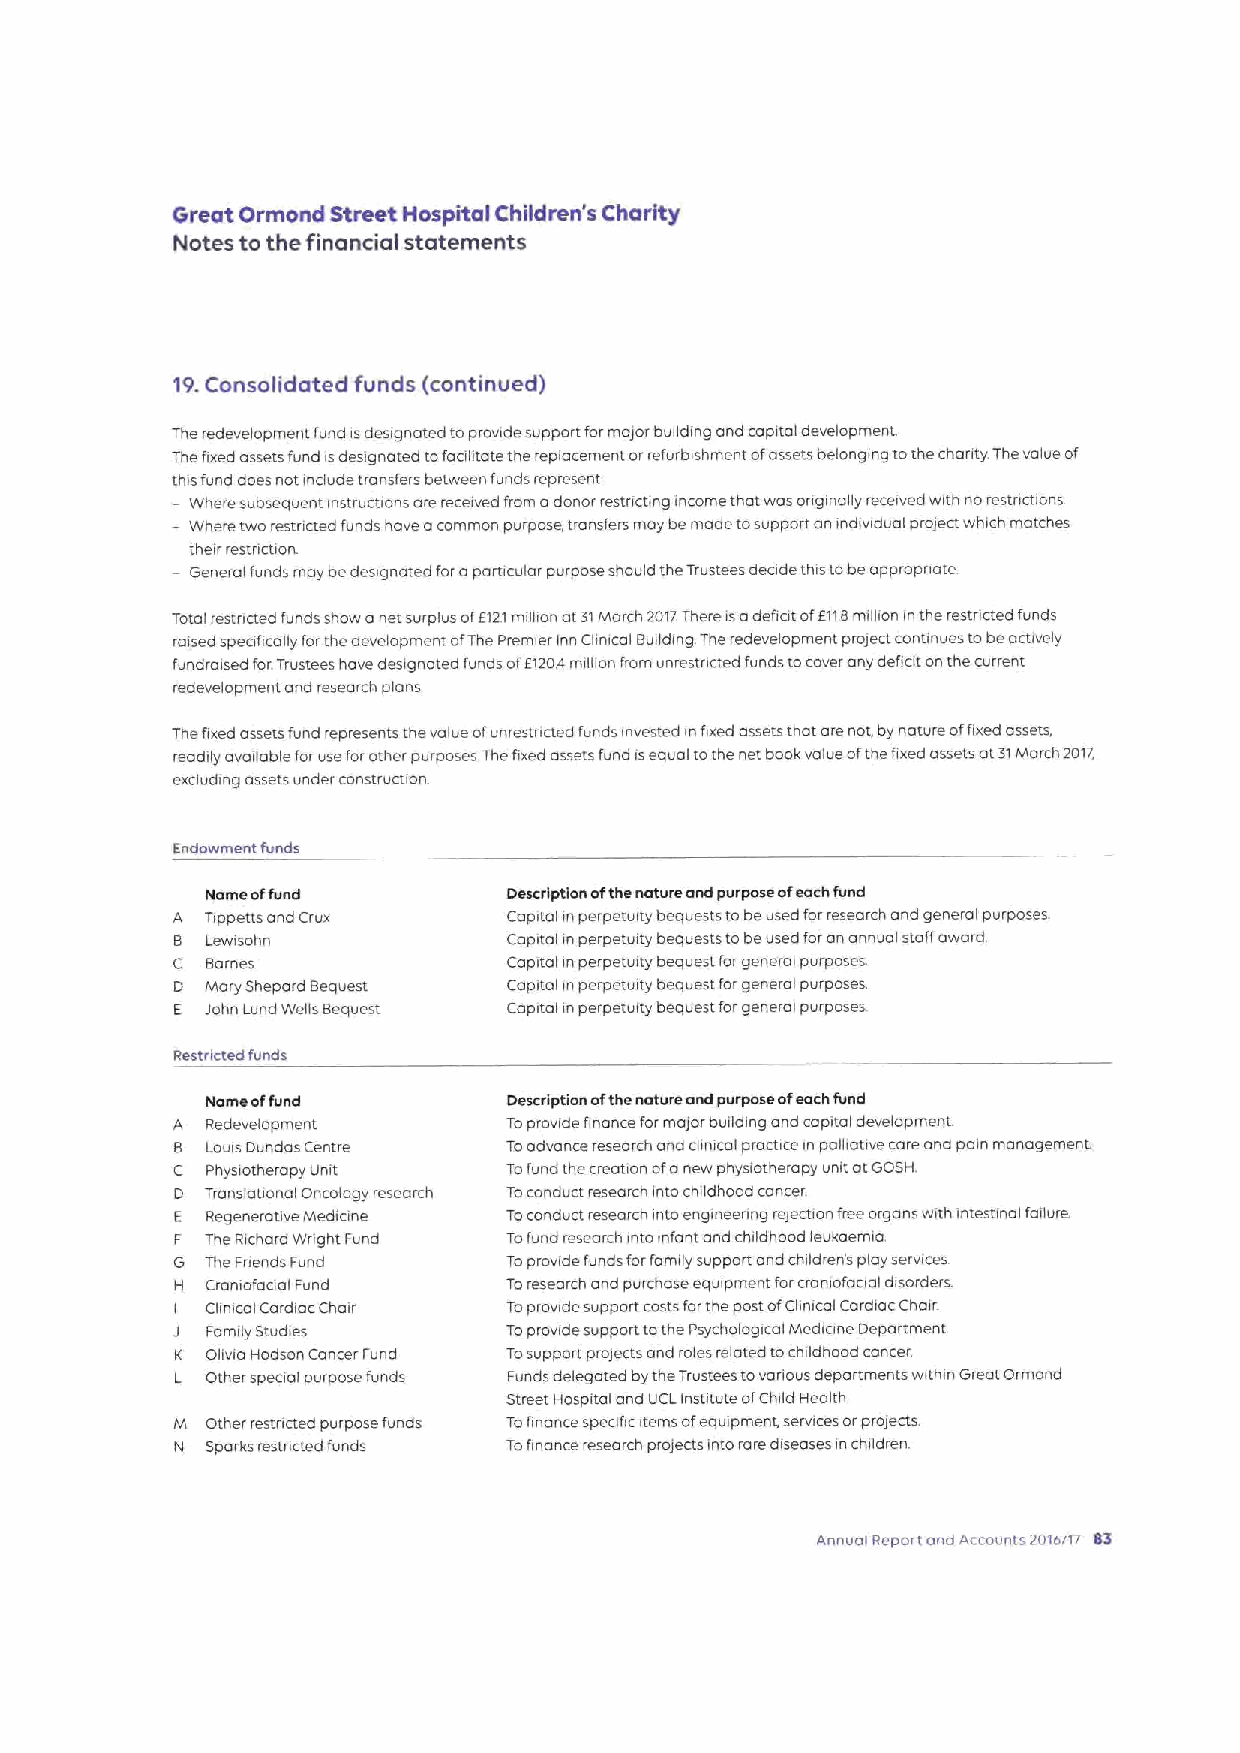
Great Ormond Street Hospital Children's Charity
 Notes to the financial statements
 19.Consolidated funds (continued)
 The redevelopment fund isdesignated toprovide support formajor building and capital development.
 The fixed assets fund isdesignated tofaciktate the replacement orrefurbishment ofassets belonging tothe chanty The value of
 this fund does not include transfers between funds represent
 —Where subsequent instructions are received from adonor restricting income that woe ongmally received with no restnctions
 —Where two restncted funds have acommon purpose, transfers may be made tosupport an individual project which matches
 their restriction
 —General funds moy bedesignated foraparticular purpose should the Trustees decide this tobe appropnate.
 Total restncted funds show anet surplus ofE121million at31March 2017There isadefiat ofE118milkon inthe restricted funds
 raised speafically forthedevelopment ofThe Premier Inn Clinical Building The redevelopment project continues tobeactwely
 fundraised for.1rustees have designated funds ofE1204million from unrestncted funds tocover any defiat onthe current
 redevelopment and research plans.
 Thefixed assets fund represents the value ofunrestncted funds invested infixed assets that are not, by nature offixed assets,
 readily available foruse forother purposes Thefixed assets fund isequal tothe net book value ofthe fixed assets at31March 2017,
 excluding assets under construction
 Endowment funds
 Name offund         Description ofthe nature and purpose ofeach fund
 A  Tippetts and Crux   Capital inperpetuity bequests ta be used forresearch and general purposes.
 B Lewisohn            Cop ital inperpetuity bequests ta beused foran annual staff award
 C  Barnes              Capital inperpetuity bequest forgeneral purposes.
 D  Mary shepard Bequest Capital inperpetuity bequest forgeneral purposes.
 E John Lund Wells Bequest Capital inperpetuity bequest forgeneral purposes
 Restricted funds
 Name offund         Description ofthe nature and purpose ofeach fund
 A  Redevelopment       Toprovide finance formajor building and capital development
 8  Louis Dundas Centre Toadvance research and clinical practice in palliative care and pain management.
 C  Physiotherapy Unit  Tofund the creation ofanew physiotherapy unit atGOSH
 D Translational Oncology research Toconduct research into childhood cancer
 E Regenerative Medicine Toconduct research into engineering reiection free organs with intestinal fadure
 F The Richard Wright Fund Tofund research into infant and childhood leukaemio
 G The Fnends Fund     Toprovide funds forfamily support and children's play services
 H Craniofaaal Fund    Toresearch and purchase equipment forera niofaa el disorders
 Cknical CardiacChair Toprovide support costsforthe post ofCknice lCardiac Chair
 J  Family Studies      Toprovide support tothe Psychological Mediane Department
 K Okvia Hodson Cancer Fund Tosupport projects and roles related tochildhood cancer.
 L Other spea el purpose funds Funds delegated bythe Trustees tovanous departments within Great Ormond
 Street HosPital and UCLInsbtute ofChild Health
 M Other restncted purpose funds Tofinance specific items ofequipment, services orprojects.
 N Sparks restncted funds Tofinance research projects into rare diseases in children.
 Annual Report and Accounts 2014717 83